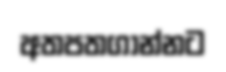
අතපතගාන්නට